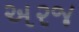
અરજ